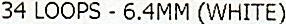
34 LOOPS - 6.4MM (WHITE)